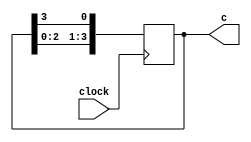
module shifter(clock,c);
	
	input clock;
	output reg [3:0]c;
	
	
	initial
		c = 4'b0001;
	
	
	always@(posedge clock) 
	
	begin
			c[3]<=c[2];
			c[2]<=c[1];
			c[1]<=c[0];
			c[0]<=c[3];
	
	end
	
	
endmodule